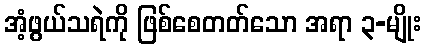
အံ့ဖွယ်သရဲကို ဖြစ်စေတတ်သော အရာ ၃-မျိုး